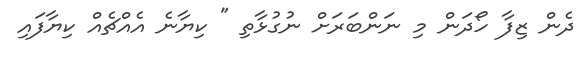
ދެން ޒިފާ ހޯދަން މި ނަންބަރަށް ނުގުޅާތި " ކިޔާނެ އެއްޗެއް ކިޔާފައި